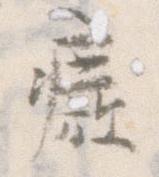
廃